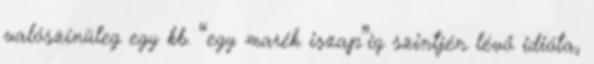
valószínüleg egy kb. “egy marék iszap”iq szintjén lévő idióta,